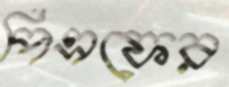
পিএফের